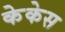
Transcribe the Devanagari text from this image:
केकेस